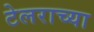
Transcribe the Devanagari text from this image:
टेलराच्या